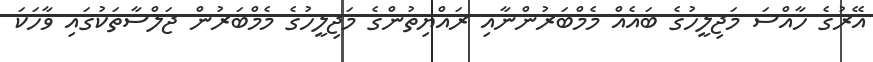
އޭރުގެ ހާއްސަ މަޖިލީހުގެ ބައެއް މެމްބަރުންނާއި ރައްޔިތުންގެ މަޖިލީހުގެ މެމްބަރުން ޖަލްސާތަކުގައި ވާހަކަ